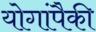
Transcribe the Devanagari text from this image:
योगांपैकी